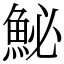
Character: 鮅